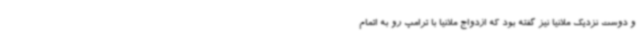
و دوست نزدیک ملانیا نیز گفته بود که ازدواج ملانیا با ترامپ رو به اتمام